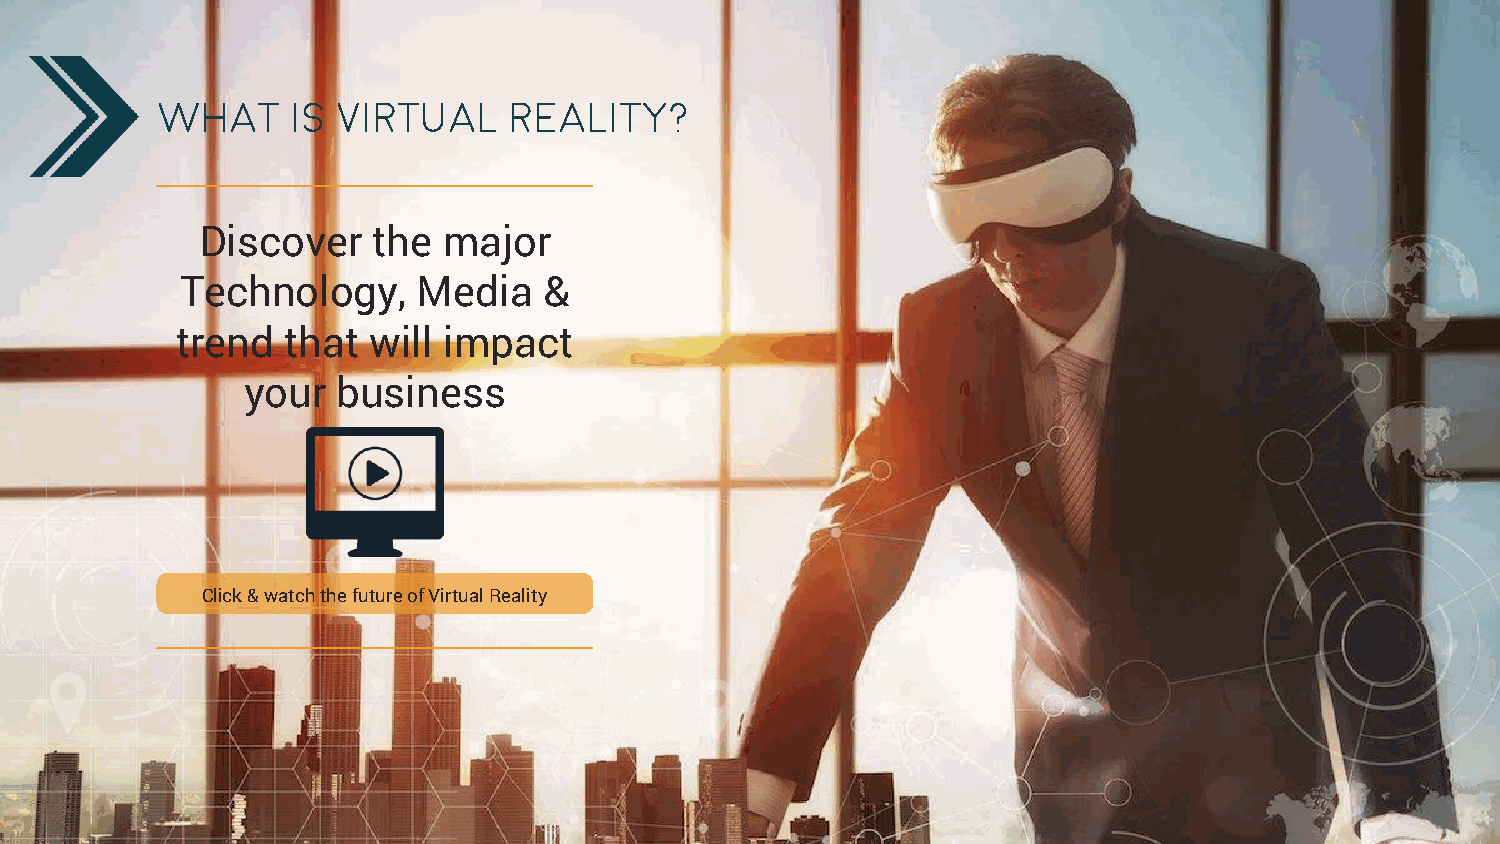
What     is virtual     reality?
 Discover    the major
 Technology,     Media   &
 trend  that  will impact
 your  business
 Click & watch the future of Virtual Reality